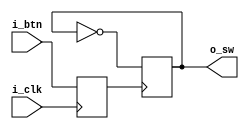
// Create a toggle switch from a push button

module toggle_button (
    input      i_clk,
    input      i_btn,   // Active high
    output reg o_sw = 1
);

reg pressed = 0;

always @(posedge i_clk)
    pressed <= i_btn;

always @(posedge pressed)
    o_sw <= ~o_sw;

endmodule